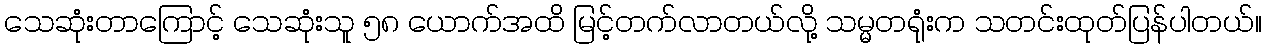
သေဆုံးတာကြောင့် သေဆုံးသူ ၅၈ ယောက်အထိ မြင့်တက်လာတယ်လို့ သမ္မတရုံးက သတင်းထုတ်ပြန်ပါတယ်။